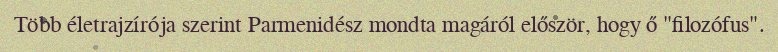
Több életrajzírója szerint Parmenidész mondta magáról először, hogy ő "filozófus".